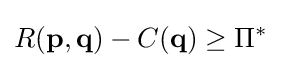
R(\mathbf {p,q} )-C(\mathbf {q} )\geq \Pi ^{*}